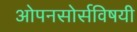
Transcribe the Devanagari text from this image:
ओपनसोर्सविषयी